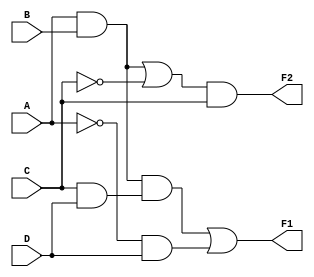
module combinational_logic_block (
    input wire A,
    input wire B,
    input wire C,
    input wire D,
    output wire F1,
    output wire F2
);

// Intermediate signals for multi-level simplification
wire AB;        // AND gate between A and B
wire CD;        // AND gate between C and D
wire ABCD;      // AND gate combining previous results
wire not_A;     // NOT gate for A
wire not_C;     // NOT gate for C

// Level 1 - Basic logic operations
assign AB = A & B;           // AND of A and B
assign CD = C & D;           // AND of C and D
assign not_A = ~A;           // NOT of A
assign not_C = ~C;           // NOT of C

// Level 2 - Combine outputs for F1
assign ABCD = AB & CD;       // AND of previous outputs
assign F1 = ABCD | (not_A & D); // Simplified expression for F1

// Level 2 - Logic for F2 using shared sub-expression
wire shared_term; 
assign shared_term = AB | not_C; // Reusing the common terms for F2
assign F2 = shared_term & C;     // Final expression for F2

endmodule